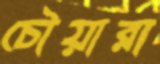
চৌয়ারা